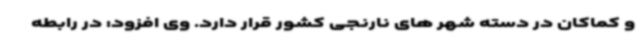
و کماکان در دسته شهر های نارنجی کشور قرار دارد. وی افزود: در رابطه